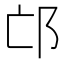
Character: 邙